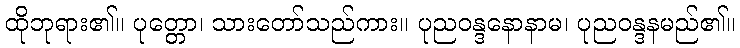
ထိုဘုရား၏။ ပုတ္တော၊ သားတော်သည်ကား။ ပုညဝန္ဒနောနာမ၊ ပုညဝန္ဒနမည်၏။